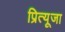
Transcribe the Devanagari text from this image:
प्रित्यूजा